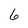
Character: 6